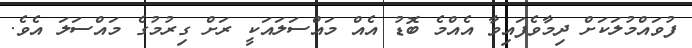
ފުވައްމުލަކަށް ދިމާވެފައިވާ އެއްމެ ބޮޑު އެއް މައްސަލައަކީ ރަށް ގިރުމުގެ މައްސަލަ އެވެ.